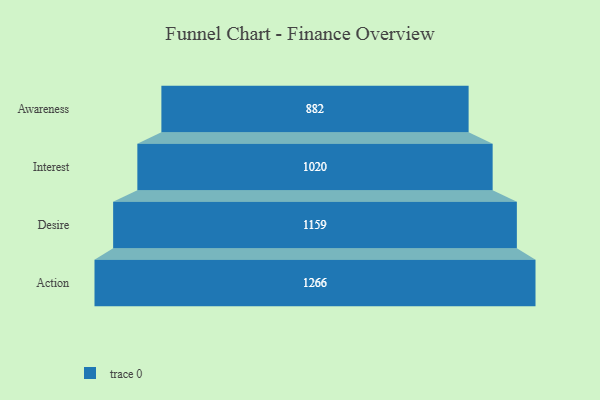
{"axis": {"x": "Stage", "y": "Value"}, "legend": [""], "data": [{"x": "Awareness", "y": 882.0, "type": ""}, {"x": "Interest", "y": 1020.0, "type": ""}, {"x": "Desire", "y": 1159.0, "type": ""}, {"x": "Action", "y": 1266.0, "type": ""}]}